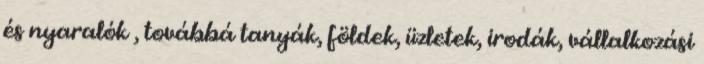
és nyaralók , továbbá tanyák, földek, üzletek, irodák, vállalkozási